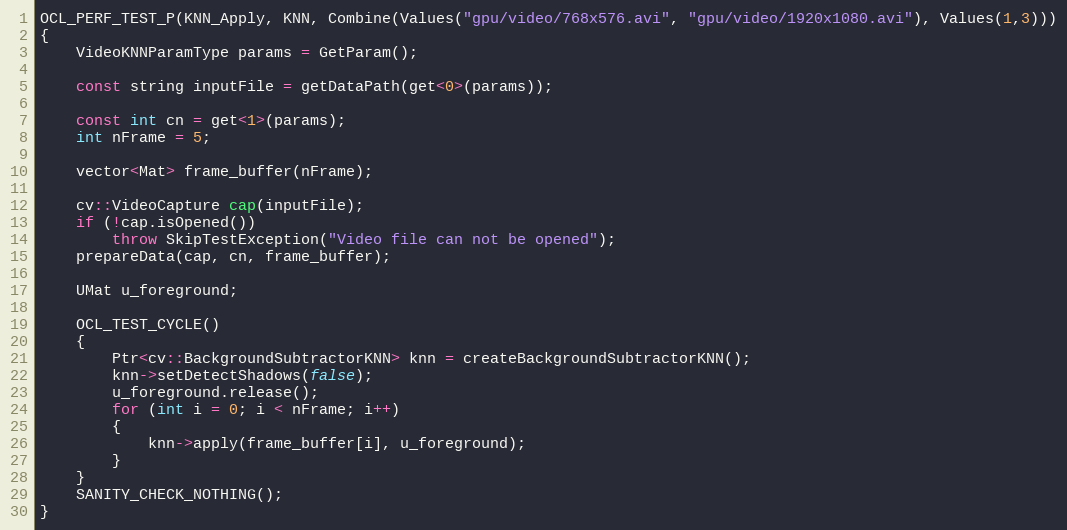
Language: C++
OCL_PERF_TEST_P(KNN_Apply, KNN, Combine(Values("gpu/video/768x576.avi", "gpu/video/1920x1080.avi"), Values(1,3)))
{
    VideoKNNParamType params = GetParam();

    const string inputFile = getDataPath(get<0>(params));

    const int cn = get<1>(params);
    int nFrame = 5;

    vector<Mat> frame_buffer(nFrame);

    cv::VideoCapture cap(inputFile);
    if (!cap.isOpened())
        throw SkipTestException("Video file can not be opened");
    prepareData(cap, cn, frame_buffer);

    UMat u_foreground;

    OCL_TEST_CYCLE()
    {
        Ptr<cv::BackgroundSubtractorKNN> knn = createBackgroundSubtractorKNN();
        knn->setDetectShadows(false);
        u_foreground.release();
        for (int i = 0; i < nFrame; i++)
        {
            knn->apply(frame_buffer[i], u_foreground);
        }
    }
    SANITY_CHECK_NOTHING();
}